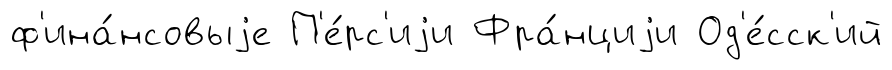
ф'ина́нсовыjе П'е́рс'иjи Фра́нциjи Од'е́сск'ий